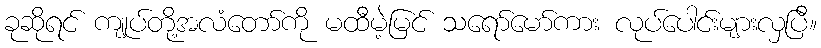
ခုဆိုရင် ကျုပ်တို့အလံတော်ကို မထီမဲ့မြင် သရော်မော်ကား လုပ်ပေါင်းများလှပြီ။